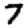
Digit: 7